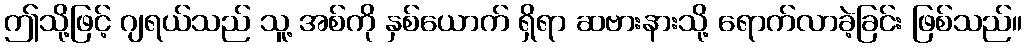
ဤသို့ဖြင့် ဂျရယ်သည် သူ့ အစ်ကို နှစ်ယောက် ရှိရာ ဆဗားနားသို့ ရောက်လာခဲ့ခြင်း ဖြစ်သည်။